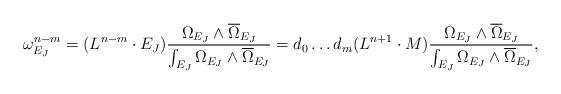
LaTeX: \begin{align*}\omega_{E_J}^{n-m}= (L^{n-m}\cdot E_J) \frac{ \Omega_{E_J}\wedge \overline{\Omega}_{E_J} }{ \int_{E_J}\Omega_{E_J}\wedge \overline{\Omega}_{E_J} } = d_0\ldots d_m (L^{n+1}\cdot M)\frac{ \Omega_{E_J}\wedge \overline{\Omega}_{E_J} }{ \int_{E_J}\Omega_{E_J}\wedge \overline{\Omega}_{E_J} }, \end{align*}